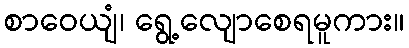
စာဝေယျံ၊ ရွေ့လျောစေရမူကား။